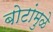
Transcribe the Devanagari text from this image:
बोटांमुळे